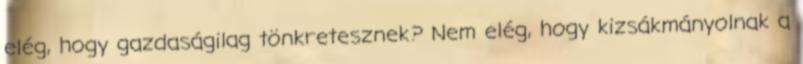
elég, hogy gazdaságilag tönkretesznek? Nem elég, hogy kizsákmányolnak a